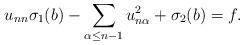
LaTeX: \begin{align*}u_{nn} \sigma_1 (b) - \sum_{\alpha \leq n-1} u_{n \alpha}^2 + \sigma_2 (b) = f.\end{align*}